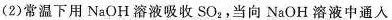
(2)常温下用NaOH溶液吸收SO_{2}，当向NaOH溶液中通入